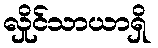
လှိုင်သာယာရှိ